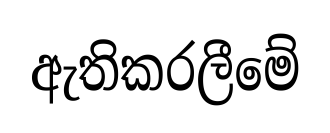
ඇතිකරලීමේ